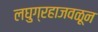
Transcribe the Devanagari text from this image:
लघुग्रहाजवळून